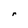
Character: r